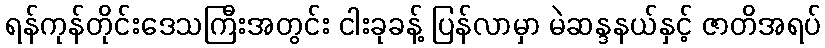
ရန်ကုန်တိုင်းဒေသကြီးအတွင်း ငါးခုခန့် ပြန်လာမှာ မဲဆန္ဒနယ်နှင့် ဇာတိအရပ်